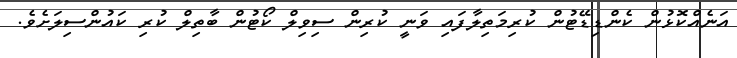
އަނެއްކޮޅުން ކެންޑިޑޭޓުން ކުރިމަތިލާފައި ވަނީ ކުރިން ސިވިލް ކޯޓުން ބާތިލް ކުރި ކައުންސިލަށެވެ.